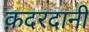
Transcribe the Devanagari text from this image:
क़दरदानी